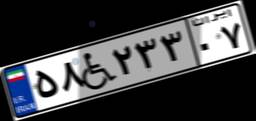
۵۸W۲۳۳۰۷